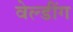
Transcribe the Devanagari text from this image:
वेल्डींग